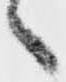
々